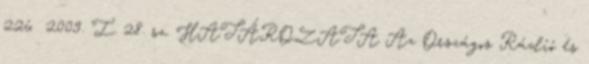
226 2009. I. 28. sz. HATÁROZATA Az Országos Rádió és